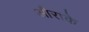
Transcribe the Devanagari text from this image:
औराके